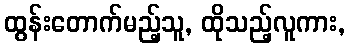
ထွန်းတောက်မည့်သူ, ထိုသည့်လူကား,